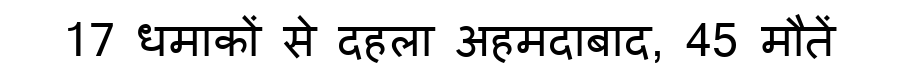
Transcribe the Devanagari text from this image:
17 धमाकों से दहला अहमदाबाद, 45 मौतें